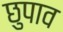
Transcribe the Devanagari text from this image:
छुपाव